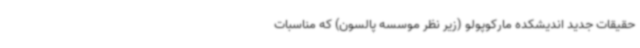
حقیقات جدید اندیشکده مارکوپولو (زیر نظر موسسه پالسون) که مناسبات